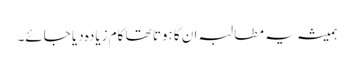
ہمیشہ یہ مطالبہ ان کا ہوتا تھا کام زیادہ دیا جائے۔